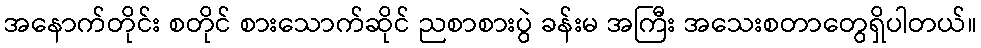
အနောက်တိုင်း စတိုင် စားသောက်ဆိုင် ညစာစားပွဲ ခန်းမ အကြီး အသေးစတာတွေရှိပါတယ်။